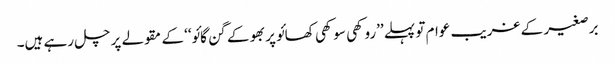
برصغیر کے غریب عوام تو پہلے ’’روکھی سوکھی کھائو پربھو کے گن گائو‘‘ کے مقولے پر چل رہے ہیں۔